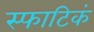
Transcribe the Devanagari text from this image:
स्फाटिकं